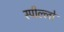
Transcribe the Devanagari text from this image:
स्पील्लो